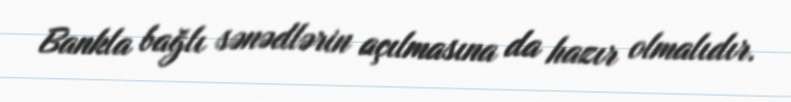
Bankla bağlı sənədlərin açılmasına da hazır olmalıdır.